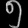
Digit: ၅